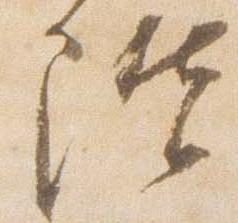
階